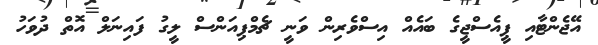
އޭޖެންޓާއި ޕީއެސްޖީގެ ބައެއް އިސްވެރިން ވަނީ ޗެމްޕިއަންސް ލީގު ފައިނަލް އޮތް ދުވަހު